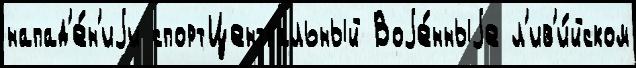
напад'е́н'иjи спортЦентральный Воjе́нныjе л'ив'и́йском